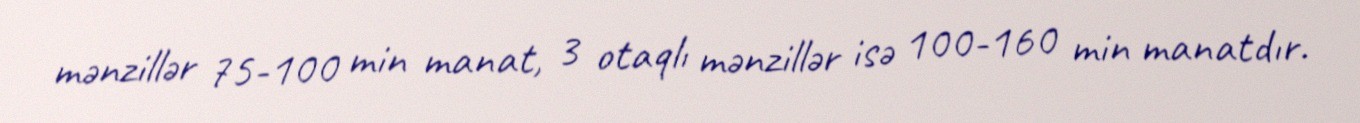
mənzillər 75-100 min manat, 3 otaqlı mənzillər isə 100-160 min manatdır.